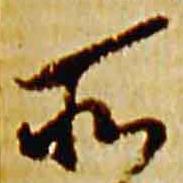
所